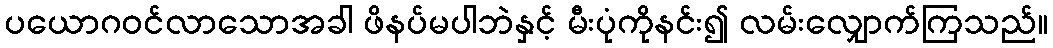
ပယောဂဝင်လာသောအခါ ဖိနပ်မပါဘဲနှင့် မီးပုံကိုနင်း၍ လမ်းလျှောက်ကြသည်။